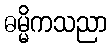
ဓမ္မိကသညာ